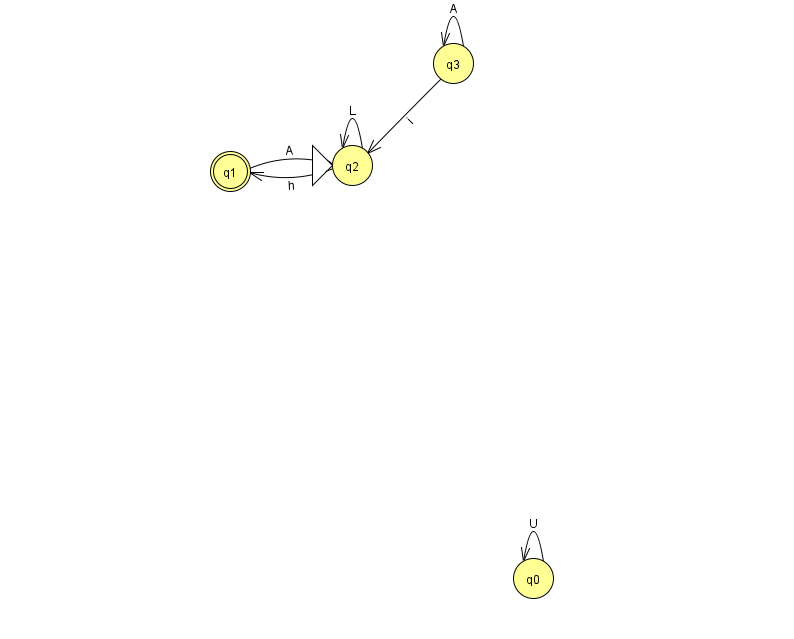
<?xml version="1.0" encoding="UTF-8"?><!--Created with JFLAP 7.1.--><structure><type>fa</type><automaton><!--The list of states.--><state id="0" name="q0"><x>533.0</x><y>565.0</y></state><state id="1" name="q1"><x>230.0</x><y>158.0</y><final/></state><state id="2" name="q2"><x>352.0</x><y>152.0</y><initial/></state><state id="3" name="q3"><x>453.0</x><y>50.0</y></state><!--The list of transitions.--><transition><from>2</from><to>1</to><read>h</read></transition><transition><from>3</from><to>3</to><read>A</read></transition><transition><from>0</from><to>0</to><read>U</read></transition><transition><from>1</from><to>2</to><read>A</read></transition><transition><from>3</from><to>2</to><read>i</read></transition><transition><from>2</from><to>2</to><read>L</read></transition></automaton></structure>